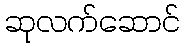
ဆုလက်ဆောင်